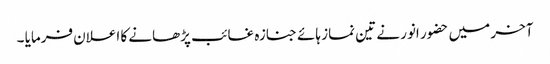
آخر میں حضور انور نے تین نماز ہائے جنازہ غائب پڑھانے کا اعلان فرمایا ۔